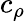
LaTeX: c_{\rho}